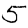
Digit: 5